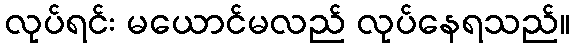
လုပ်ရင်း မယောင်မလည် လုပ်နေရသည်။